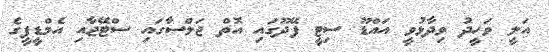
އަލީ ވަހީދު ވިދާޅުވީ އައްޑޫ ސިޓީ ފޭދޫގައި އޮތް ޖަލްސާގައި ސްޓޭޖާއި އެމްޑީޕީގެ